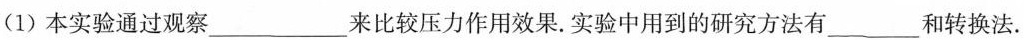
(1) 本实验通过观察___来比较压力作用效果.实验中用到的研究方法有___和转换法.